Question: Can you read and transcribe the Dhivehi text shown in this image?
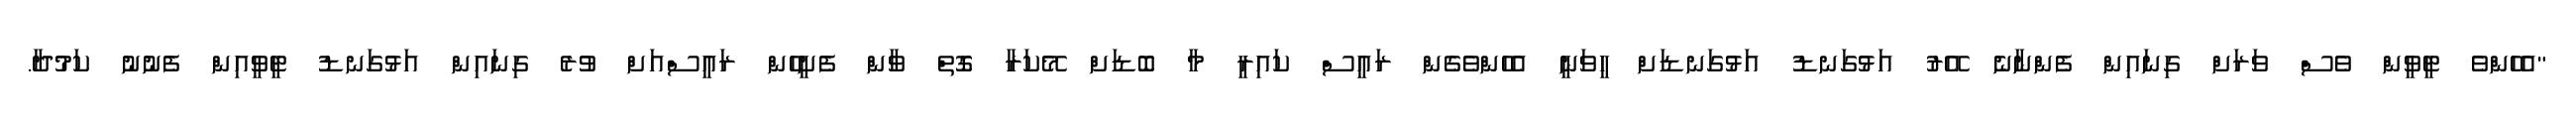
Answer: "އެހެންވެ ޓީވީން ވެސް ވަރަށް ގިނައިން ފެންނާނެ އޭރު އަޅުގަނޑު އަޅުގަނޑަށް ހީވަނީ އެހެންވެގެން ރައީސް ކައިރީ މާ ބޮޑަށް މޭކަރާ ގޮތް ވާން ފެށީހެން ރައީސްއަށް ވުރެ ގިނައިން އަޅުގަނޑު ޓީވީއިން ފެނުނު ކަމުދާ.